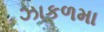
ઝાકળમા